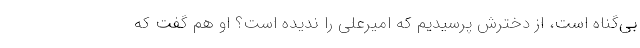
بی‌گناه است، از دخترش پرسیدیم که امیرعلی را ندیده است؟ او هم گفت که